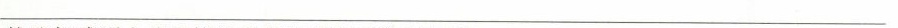
___